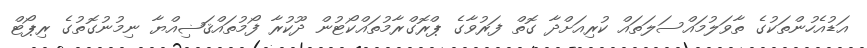
އަޑުއެހުންތަކުގެ ތާވަލުމައްސަލަތައް ކުރިއަށްދާ ގޮތް ފަރުވާގެ ޕްރޮގްރާމުތައްކޯޓުން ދޫކުރާ ފޯމުތައްޤަޟިއްޔާ ނިމުނުގޮތުގެ ރިޕޯޓް